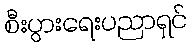
စီးပွားရေးပညာရှင်